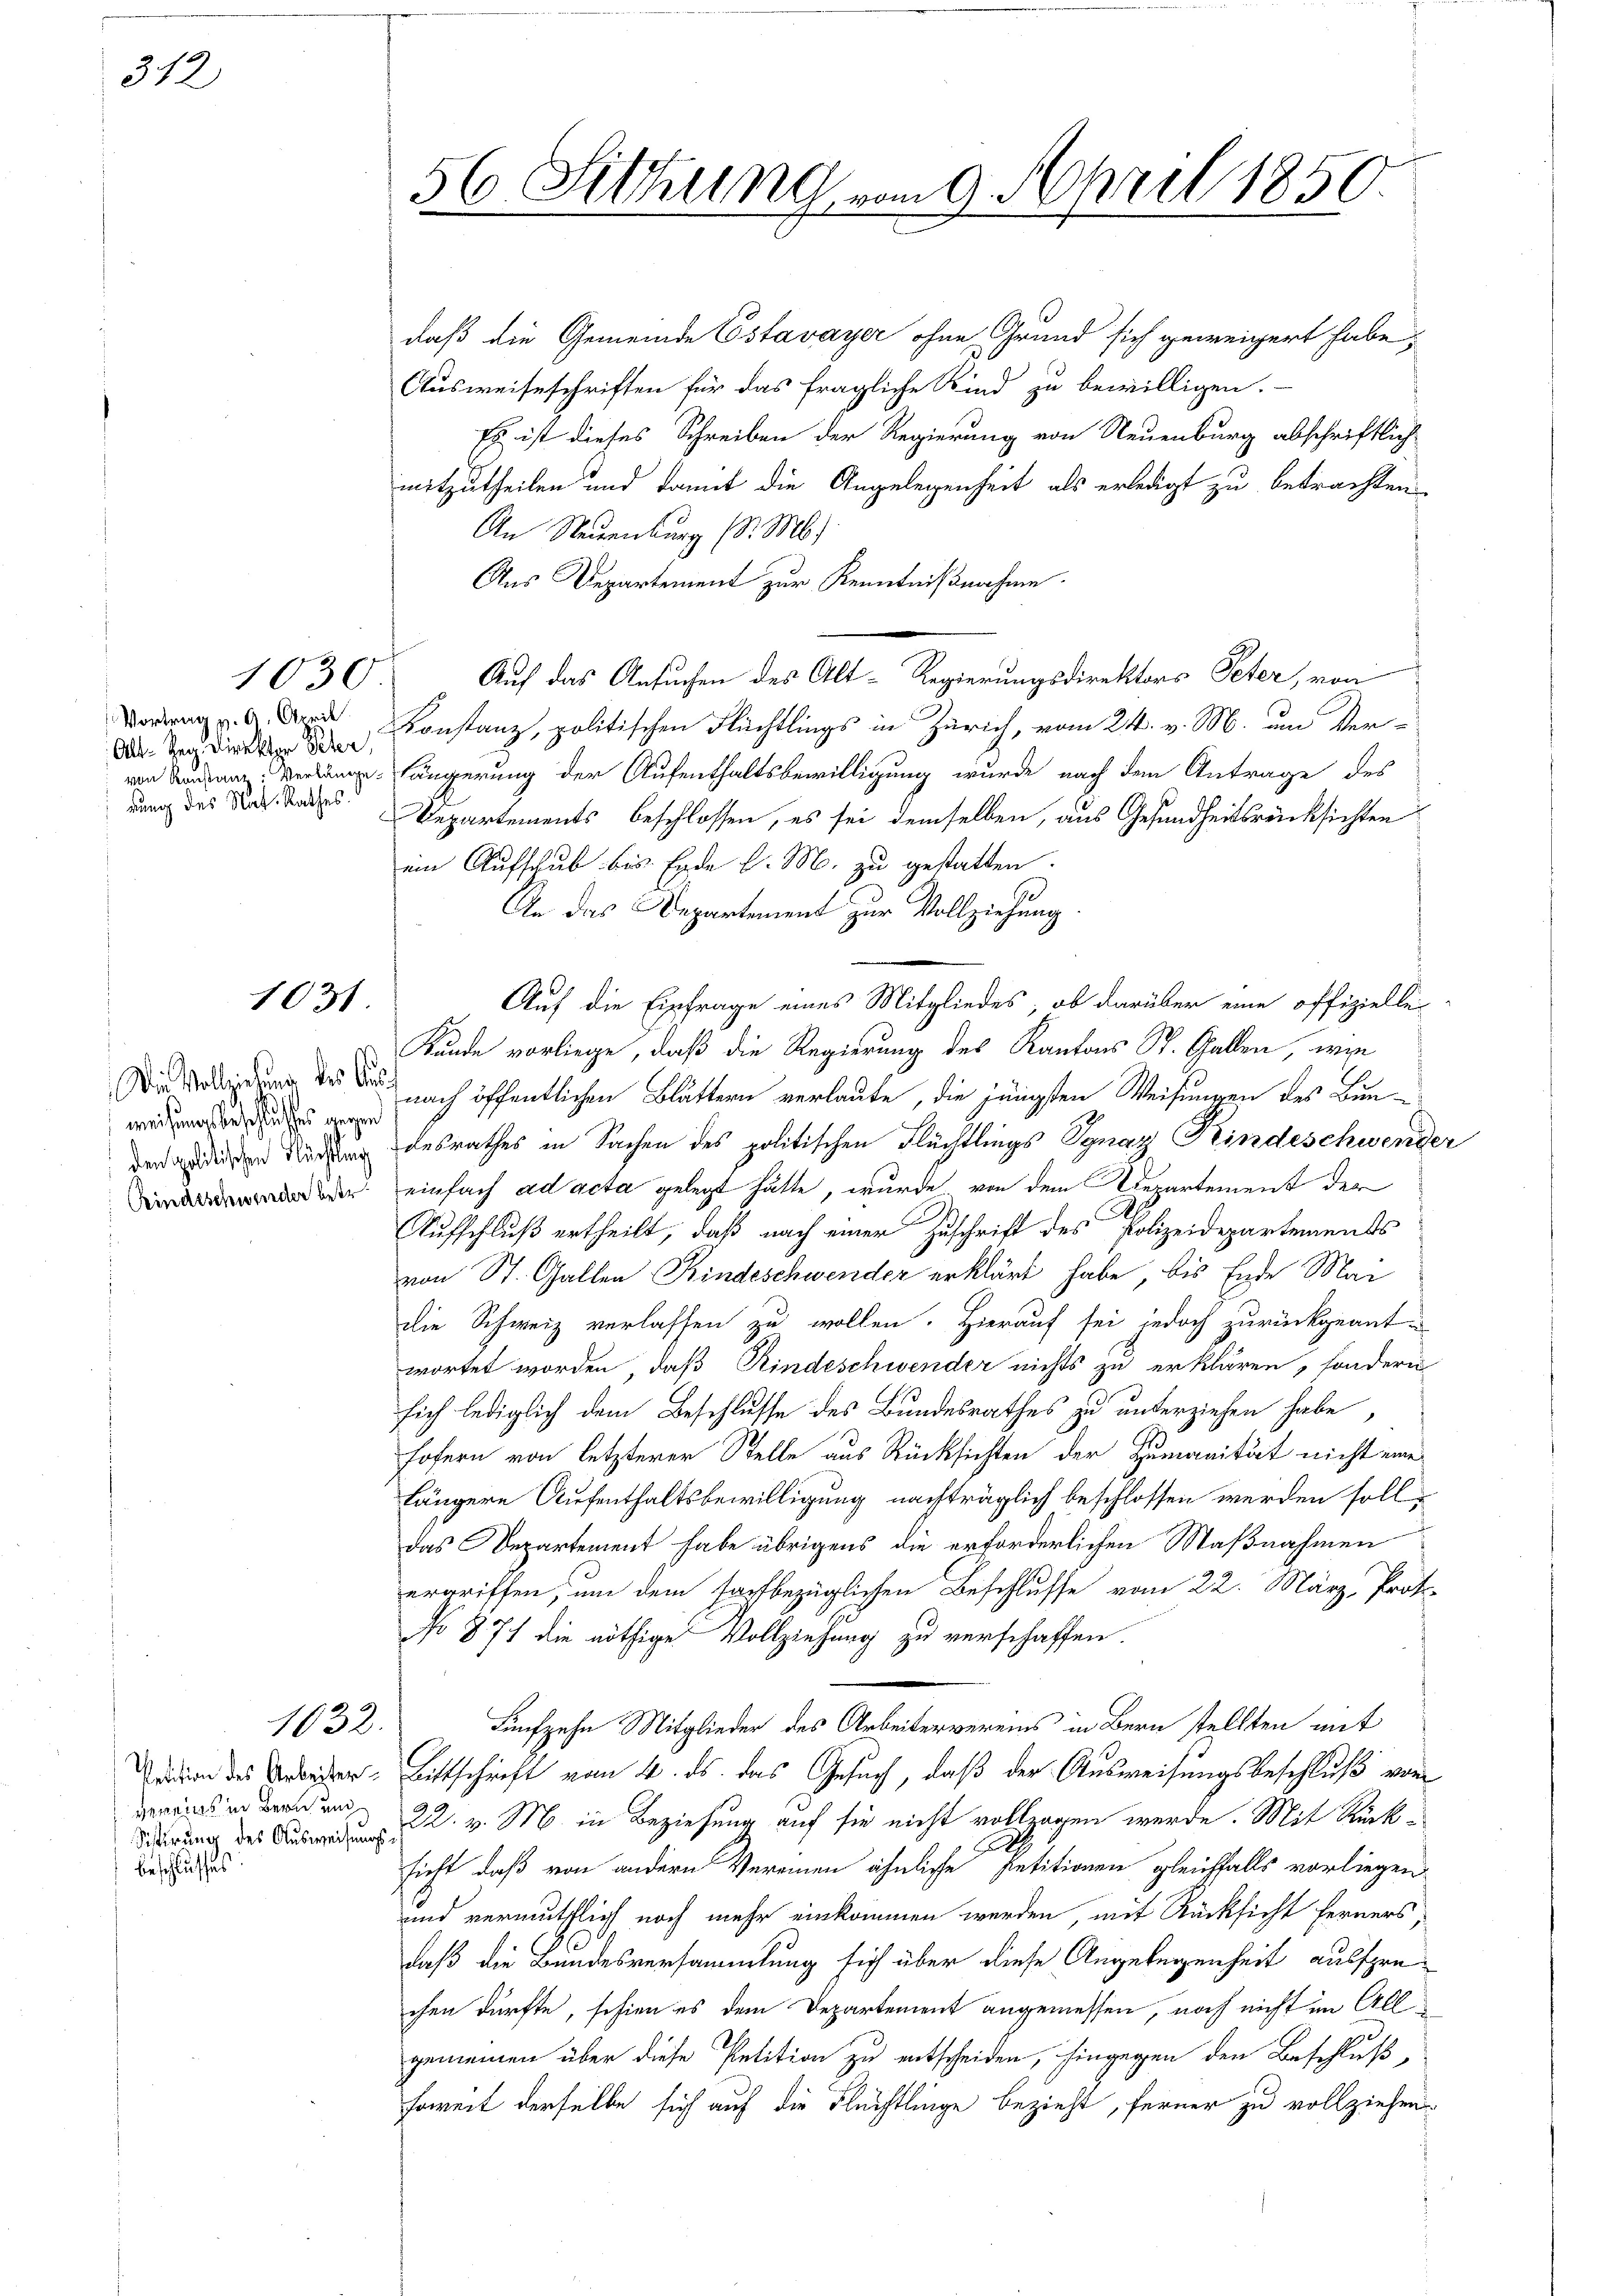
312

Vortrag v. 9. April
Alt-Reg. Direktor Peter,
dung des Nat. Rathes.

1030

1031.

daß die Gemeinde Estavayer ohne Grund sich geweigert habe,
Ausweiseschriften für das fragliche Kind zu bewilligen.
Es ist dieses Schreiben der Regierung von Neuenburg abschriftlich
mitzutheilen und damit die Angelegenheit als erledigt zu betrachten
An Neuenburg (d. M.
Aus Departement zur Kenntnißnahme.
Auf das Ansuchen des Alt-Regierungsdirektors Peter, von
Konstanz, politischen Flüchtlings in Zürich, vom 24. v. M. um Ver-
 Längerung der Aufenthaltsbewilligung wurde nach dem Antrage des
Departements beschlossen, es sei demselben, aus Gesundheitsrücksichten
ein Aufschub bis Ende d. M. zu gestatten.
An das Departement zur Vollziehung
Auf die Einfrage eines Mitgliedes, ob darüber eine offizielle
Kunde vorliege, daß die Regierung des Kantons St. Gallen, wie
Die Bedingung des Doch nach öffentlichen Blättern verlaute, die jüngsten Weisungen des Bunder die Sichen desrathes in Sachen des politischen Flüchtlings Ignaz Kindeschwender
der einfach ad acta gelegt hätte, wurde von dem Departement der
Aufschluß ertheilt, daß nach einer Zuschrift des Polizeidepartements
von St. Gallen Kindeschwender erklärt habe, bis Ende Mai
die Schweiz verlassen zu wollen. Hierauf sei jedoch zurückgeant-
wortet worden, daß Rindeschwender nichts zu erklären, sondern
sich lediglich dem Beschlusse des Bundesrathes zu unterziehen habe,
fofern von letzterer Stelle aus Rücksichten der Humanität nicht eine
längere Aufenthaltsbewilligung nachträglich beschlossen werden soll
das Departement habe übrigens die erforderlichen Maßnahmen
ergriffen, um dem sachbezüglichen Beschlusse vom 22. März, Proto-
No 877 die nöthige Vollziehung zu verschaffen.
Fünfzehn Mitglieder des Arbeitervereins in Bern stellten mit
 Bittschrift vom 4. ds. das Gesuch, daß der Ausweisungsbeschluß von
22. v. M. in Beziehung auf sie nicht vollzogen werde. Mit Rücksieht, daß von andern Vereinen ähnliche Petitionen gleichfalls vorliegen
und vermuthlich noch mehr einkommen werden, mit Rücksicht ferners,
daß die Bundesversammlung sich über diese Angelegenheit aussprechen dürfte, schien es dem Departement angemessen, noch nicht im All
gemeinen über diese Petition zu entscheiden, hingegen den Beschluß
soweit derselbe sich auf die Flüchtlinge bezieht, ferner zu vollziehen

weisung beschliches wegen

1632.

vereins in Bern und
Sistirung des Ausweisungs¬
Beschlusses

56. Sitzung vom 9. April 1850